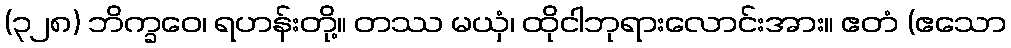
(၃၂၈) ဘိက္ခဝေ၊ ရဟန်းတို့။ တဿ မယှံ၊ ထိုငါဘုရားလောင်းအား။ ဧတံ (ဧသော